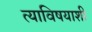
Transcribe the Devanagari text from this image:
त्याविषयाशी